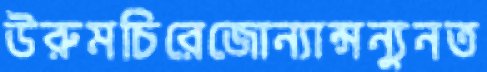
উরুমচিরেজোন্যান্সন্যুনত